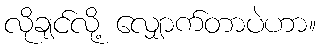
လိုချင်လို့ လျှောက်တာပဲဟာ။